system: You are a helpful assistant.
user:
Analyze the provided spectrum to determine if it is a **"Cataclysmic Variables (CV)"**.

- **Key Indicators for CV (Check for either state):**
    - **State 1: Quiescent / Low-State (Emission-Dominated)**
        - **(Primary):** Strong and *very broad* Hydrogen Balmer emission lines (e.g., $H\alpha$ at 6563 Å, $H\beta$ at 4861 Å). The 'broadness' (high velocity dispersion, often FWHM > 1000 km/s) is the key diagnostic, indicating a high-velocity accretion disk.
        - **(Secondary):** Broad neutral Helium (He I) emission lines (e.g., 5876 Å, 6678 Å).
        - **(Key Confirmation):** Presence of high-excitation *ionized* Helium (He II) emission at 4686 Å. This is a strong indicator of accretion onto a white dwarf.
        - **(Line Profile):** Emission lines may exhibit a 'double-peaked' profile, which is a classic signature of a rotating accretion disk viewed at high inclination.

    - **State 2: Outburst / High-State (Absorption-Dominated)**
        - **(Primary):** Spectrum is dominated by a bright, blue continuum (looks like a hot star).
        - **(Secondary):** The emission lines from State 1 are weak, absent, or 'filled in', and are replaced by broad, shallow *absorption* lines (primarily Balmer and He I).
        - **(Morphology):** The overall spectrum mimics a hot B/A-type star. The crucial difference is that the absorption lines are significantly broader, shallower, and more 'washed-out' (or 'smeared') than the sharp lines of a normal stellar photosphere, due to high rotational speeds and pressure broadening in the disk.

Think first, call **spectral_visualization_tool** if needed to examine features in detail, then provide your final answer. Your response must adhere to the following strict rules:
1.  **Overall Structure:** Your response must follow the format `<think>...</think> <tool_call>...</tool_call> (if a tool is used) <answer>...</answer>`.
2.  **Tool Usage Constraint:** You may only make **one** tool call per turn.
3.  **Final Answer Format:** In the `<answer>` tag, your conclusion must be inside a `\boxed{}` command (e.g., `\boxed{YES}`), followed by your justification.

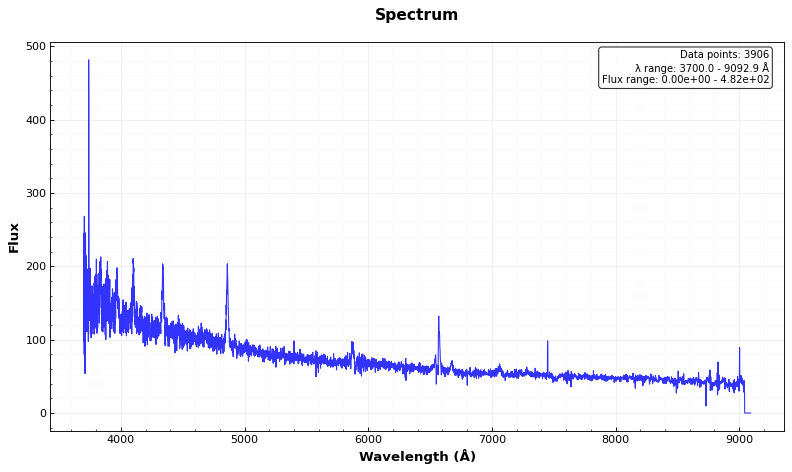
Answer: YES